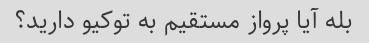
بله آیا پرواز مستقیم به توکیو دارید؟